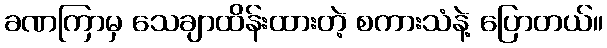
ခဏကြာမှ သေချာထိန်းထားတဲ့ စကားသံနဲ့ ပြောတယ်။